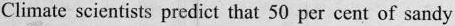
Climate scientists predict that 50 per cent of sandy